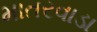
માતરવાડા